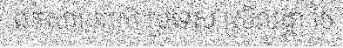
ឯកសារ របស់ ប្រទេស ស្រីលង្កា ថៃ